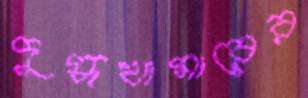
দুগ্ধখামারের